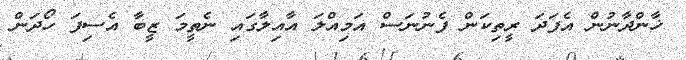
ޚާންދާނުން އެފަދަ ރީތިކަން ފެނުނަސް އަމިއްލަ އާއިލާގައި ނެތީމަ ޒީބާ އެސިފަ ހޯދަން